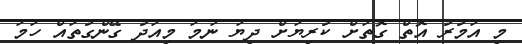
މި އަމުރު އޮތް ގޮތަށް ކުރިޔަށް ދިޔަ ނަމަ މިއަދު ގޭންގުތައް ހަމަ